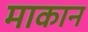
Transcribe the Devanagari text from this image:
माकान